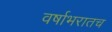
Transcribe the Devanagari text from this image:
वर्षाभरातच